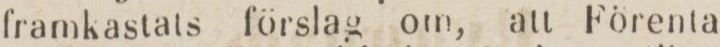
framkastats förslag om, att Förenta